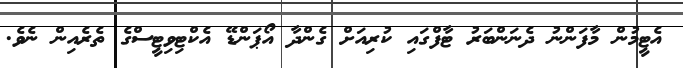
އެޓީމުން މާފަންނު ދެނަންބަރު ޓާފްގައި ކުރިއަށް ގެންދާ އޯޕަންޑޭ އެކްޓިވިޓީސްގެ ތެރެއިން ނެވެ.